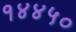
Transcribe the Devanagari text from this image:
१४४५०